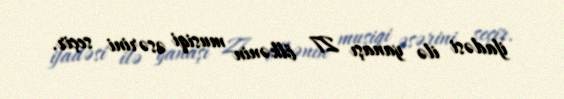
ifadəsi ilə yanaşı 27 ölkənin musiqi əsərini seçir.